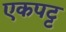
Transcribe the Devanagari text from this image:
एकपट्ट